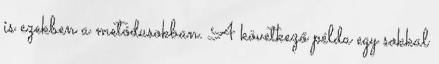
is ezekben a metódusokban. A következő példa egy sokkal